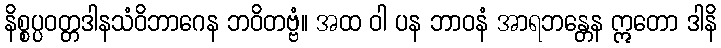
နိစ္စပ္ပဝတ္တဒါနသံဝိဘာဂေန ဘဝိတဗ္ဗံ။ အထ ဝါ ပန ဘာဝနံ အာရဘန္တေန ဣတော ဒါနိ